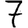
Digit: 7